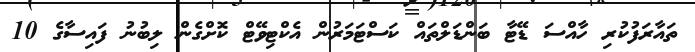
ތައާރަފުކުރި ހާއްސަ ޑޭޓާ ބަންޑަލްތައް ކަސްޓަމަރުން އެކްޓިވޭޓް ކޮށްގެން ލިބުނު ފައިސާގެ 10